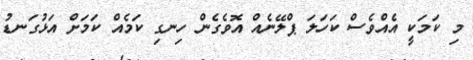
މި ކަމަކީ އެއްވެސް ކަހަލަ ޕްލޭނެއް އޮވެގެން ހިނގި ކަމެއް ކަމަށް އަޅުގަނޑު